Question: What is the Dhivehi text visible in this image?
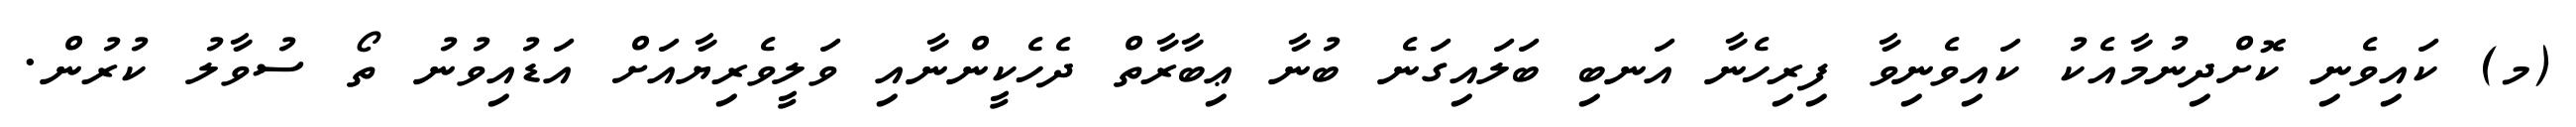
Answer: (މ) ކައިވެނި ކޮށްދިނުމާއެކު ކައިވެނިވާ ފިރިހެނާ އަނބި ބަލައިގަނެ ބުނާ ޢިބާރާތް ދެހެކީންނާއި ވަލީވެރިޔާއަށް އަޑުއިވުނު ތޯ ސުވާލު ކުރުން.